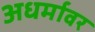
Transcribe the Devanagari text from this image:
अधर्मावर